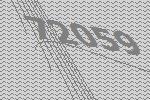
72059